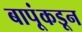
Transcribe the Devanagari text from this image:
बापूंकडून